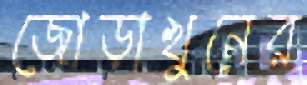
জোড়াখুনের